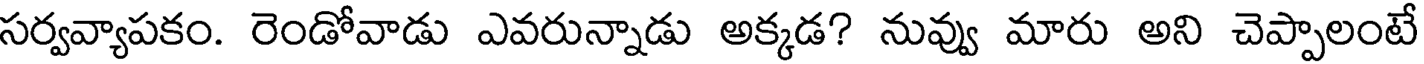
సర్వవ్యాపకం. రెండోవాడు ఎవరున్నాడు అక్కడ? నువ్వు మారు అని చెప్పాలంటే